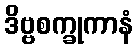
ဒိဗ္ဗစက္ခုကာနံ